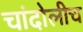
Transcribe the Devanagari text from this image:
चांदोलीच